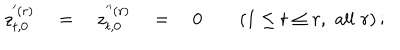
z _ { t , 0 } ^ { ' ( r ) } \quad = \quad z _ { t , 0 } ^ { ' ^ { \prime } ( r ) } \quad = \quad 0 \qquad ( 1 \le t \le r , \, \, \mathrm { { a l l } } \, \, r ) \, ;